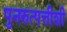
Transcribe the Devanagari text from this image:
पुनरुत्पत्तीशी